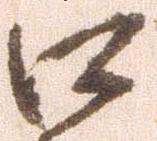
口